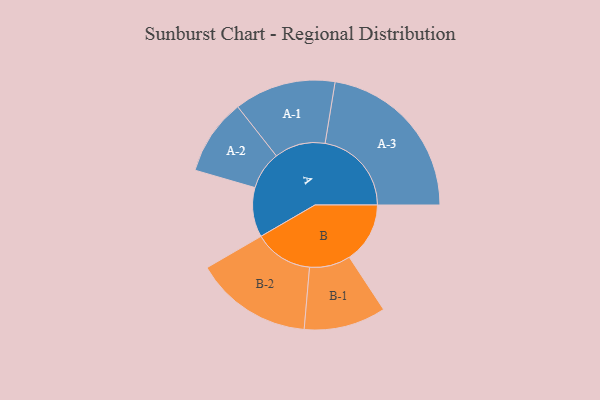
{"axis": {"x": "Segment", "y": "Value"}, "legend": ["", "A", "B"], "data": [{"x": "A", "y": 156, "type": ""}, {"x": "B", "y": 191, "type": ""}, {"x": "A-1", "y": 160, "type": "A"}, {"x": "A-2", "y": 120, "type": "A"}, {"x": "A-3", "y": 272, "type": "A"}, {"x": "B-1", "y": 129, "type": "B"}, {"x": "B-2", "y": 185, "type": "B"}]}